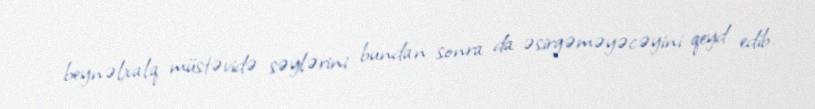
beynəlxalq müstəvidə səylərini bundan sonra da əsirgəməyəcəyini qeyd edib.